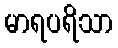
မာရပရိသာ